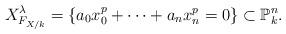
LaTeX: \begin{align*}X^{\lambda}_{F_{X/k}}=\{ a_0x^p_0+ \cdots + a_n x^p_n = 0 \} \subset \mathbb P^n_k. \end{align*}